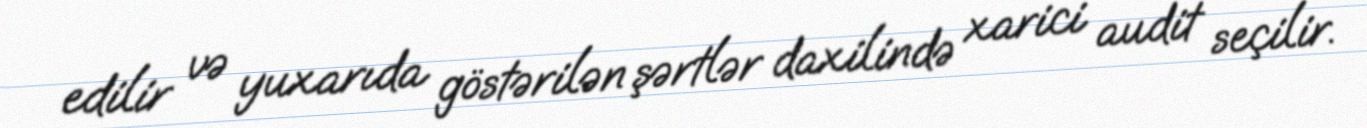
edilir və yuxarıda göstərilən şərtlər daxilində xarici audit seçilir.